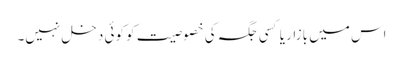
اس میں بازار یا کسی جگہ کی خصوصیت کو کوئی دخل نہیں۔